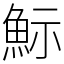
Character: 䱈